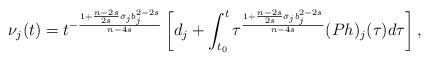
LaTeX: \begin{align*}\nu_j(t) = t^{-\frac{1+\frac{n-2s}{2s}\bar{\sigma}_jb_j^{2-2s}}{n-4s}}\left[d_j + \int_{t_0}^t\tau^{\frac{1+\frac{n-2s}{2s}\bar{\sigma}_jb_j^{2-2s}}{n-4s}}(Ph)_j(\tau)d\tau\right],\end{align*}